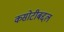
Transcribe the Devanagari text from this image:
कसोटीबद्दल